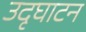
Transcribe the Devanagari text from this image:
उदृघाटन